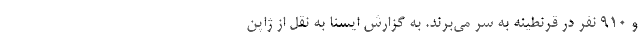
و ۹۱۰ نفر در قرنطینه به سر می‌برند. به گزارش ایسنا به نقل از ژاپن